Report on vaccination in the Province of Bengal - 1874-1889
Year: 1874
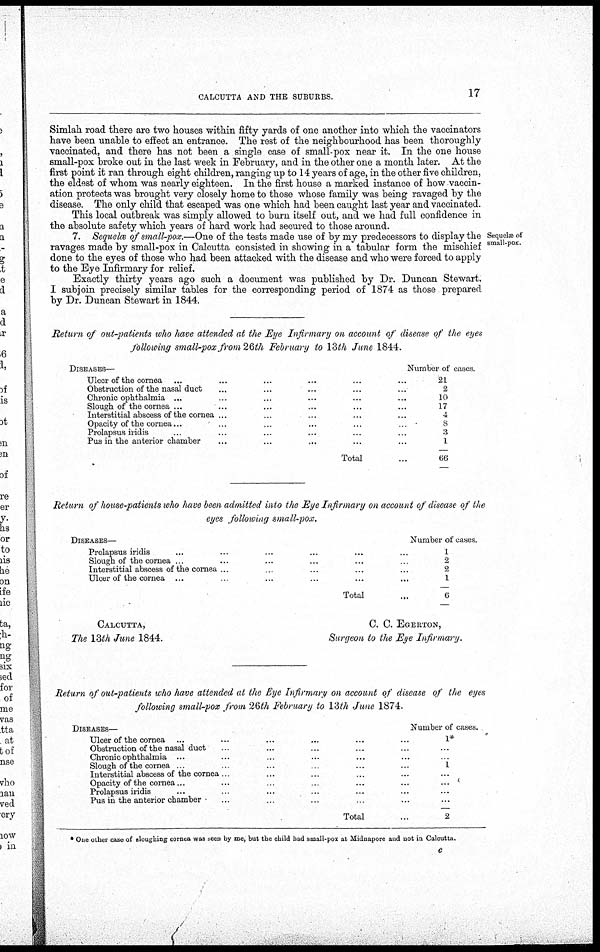
CALCUTTA AND THE SUBURBS.
17
Simlah road there are two houses within fifty yards of one another into which the vaccinators
have been unable to effect an entrance. The rest of the neighbourhood has been thoroughly
vaccinated, and there has not been a single case of small-pox near it. In the one house
small-pox broke out in the last week in February, and in the other one a month later. At the
first point it ran through eight children, ranging up to 14 years of age, in the other five children,
the eldest of whom was nearly eighteen. In the first house a marked instance of how vaccin-
ation protects was brought very closely home to those whose family was being ravaged by the
disease. The only child that escaped was one which had been caught last year and vaccinated.
This local outbreak was simply allowed to burn itself out, and we had full confidence in
the absolute safety which years of hard work had secured to those around.
Sequelæ of
small-pox.
7. Sequelce of small-pox.—One of the tests made use of by my predecessors to display the
ravages made by small-pox in Calcutta consisted in showing in a tabular form the mischief
done to the eyes of those who had been attacked with the disease and who were forced to apply
to the Eye Infirmary for relief.
Exactly thirty years ago such a document was published by Dr. Duncan Stewart.
I subjoin precisely similar tables for the corresponding period of 1874 as those prepared
by Dr. Duncan Stewart in 1844.
Return of out-patients who have attended at the Eye Infirmary on account of disease of the eyes
following small-pox from 26th February to 13th June 1844.
DISEASES—
Ulcer of the cornea ... ... ... ... ... ...
Obstruction of the nasal duct ... ... ... ... ...
Chronic ophthalmia ... ... ... ... ... ...
Slough of the cornea ... ... ... ... ... ...
Interstitial abscess of the cornea ... ... ... ... ...
Opacity of the cornea... ... ... ... ... ...
Prolapsus iridis ... ... ... ... ... ...
Pus in the anterior chamber ... ... ... ... ...
Total ...
Number of cases.
21
2
10
17
4
8
3
1
66
Return of house-patients who have been admitted into the Eye Infirmary on account of disease of the
eyes following small-pox.
DISEASES—
Prolapsus iridis ... ... ... ... ... ...
Slough of the cornea ... ... ... ... ... ...
Interstitial abscess of the cornea ... ... ... ... ...
Ulcer of the cornea ... ... ... ... ... ...
Total ...
Number of cases.
1
2
2
1
6
CALCUTTA,
C. C. EGERTON,
The 13th June 1844.
Surgeon to the Eye Infirmary.
Return of out-patients who have attended at the Eye Infirmary on account of disease of the eyes
following small-pox from 26th February to 13th June 1874.
DISEASES—
Ulcer of the cornea ... ... ... ... ... ...
Obstruction of the nasal duct ... ... ... ... ... ...
Chronic ophthalmia ... ... ... ... ... ...
Slough of the cornea ... ... ... ... ... ...
Interstitial abscess of the cornea ... ... ... ... ...
Opacity of the cornea... ... ... ... ... ...
Prolapsus iridis ... ... ... ... ... ...
Pus in the anterior chamber ... ... ... ... ...
Total ...
Number of cases.
1*
...
...
1
...
...
...
...
2
* One other case of sloughing cornea was seen by me, but the child had small-pox at Midnapore and not in Calcutta.
c